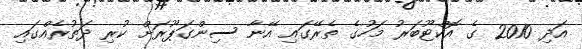
އަދި 2010 ގެ އޮކްޓޫބަރު މަހުގެ ތެރޭގައި އޭނާ ސިންގަޕޫރަށް ކުރި ދަތުރެއްގައި